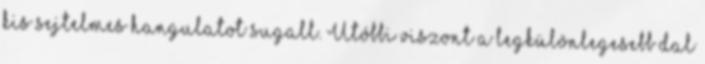
kis sejtelmes hangulatot sugall. Utóbbi viszont a legkülönlegesebb dal